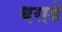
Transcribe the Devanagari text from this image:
धराडे